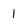
Character: 1